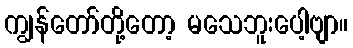
ကျွန်တော်တို့တော့ မသေဘူးပေါ့ဗျာ။